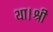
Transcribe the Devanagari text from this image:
था।श्री